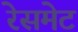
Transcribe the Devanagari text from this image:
रेसमेट